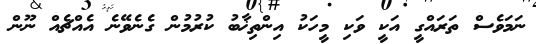
ނަމަވެސް ތަރައްގީ އަކީ ވަކި މީހަކު އިންތިޚާބު ކުރުމުން ގެނެވޭނެ އެއްޗެއް ނޫން